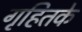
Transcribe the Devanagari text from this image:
गृहितके